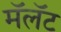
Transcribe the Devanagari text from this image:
मॅलॅट